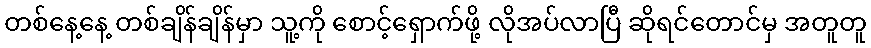
တစ်နေ့နေ့ တစ်ချိန်ချိန်မှာ သူ့ကို စောင့်ရှောက်ဖို့ လိုအပ်လာပြီ ဆိုရင်တောင်မှ အတူတူ